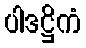
ပါဒဋ္ဌိကံ